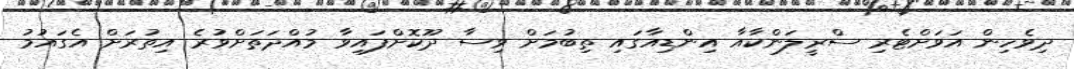
ދިވެހިން އަވަށްޓެރި ސްރީލަންކާއާ އިންޑިއާގައި ތިބުމަށް ވިސާ ދޫކޮށްފައިވާ މުއްދަތަށްވުރެ އިތުރަށް އެގައުމު